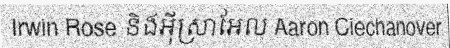
Irwin Rose និងអ៊ីស្រាអែល Aaron Ciechanover